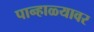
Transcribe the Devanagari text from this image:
पान्हाळ्यावर